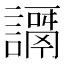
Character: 𧬭